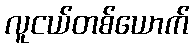
လူငယ်တစ်ယောက်